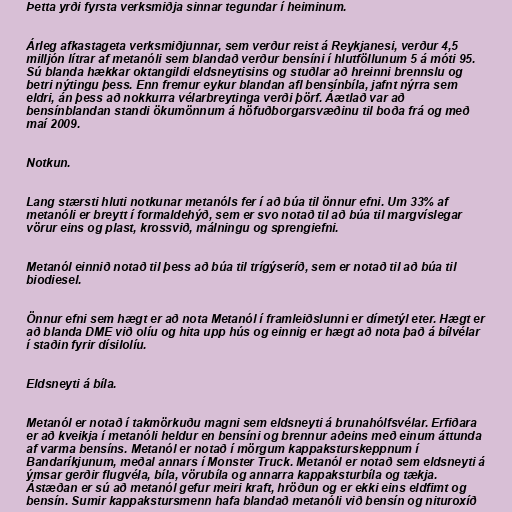
Þetta yrði fyrsta verksmiðja sinnar tegundar í heiminum.

Árleg afkastageta verksmiðjunnar, sem verður reist á Reykjanesi, verður 4,5
milljón lítrar af metanóli sem blandað verður bensíni í hlutföllunum 5 á móti 95.
Sú blanda hækkar oktangildi eldsneytisins og stuðlar að hreinni brennslu og
betri nýtingu þess. Enn fremur eykur blandan afl bensínbíla, jafnt nýrra sem
eldri, án þess að nokkurra vélarbreytinga verði þörf. Áætlað var að
bensínblandan standi ökumönnum á höfuðborgarsvæðinu til boða frá og með
maí 2009.

Notkun.

Lang stærsti hluti notkunar metanóls fer í að búa til önnur efni. Um 33% af
metanóli er breytt í formaldehýð, sem er svo notað til að búa til margvíslegar
vörur eins og plast, krossvið, málningu og sprengiefni.

Metanól einnið notað til þess að búa til trígýseríð, sem er notað til að búa til
biodiesel.

Önnur efni sem hægt er að nota Metanól í framleiðslunni er dímetýl eter. Hægt er
að blanda DME við olíu og hita upp hús og einnig er hægt að nota það á bílvélar
í staðin fyrir dísilolíu.

Eldsneyti á bíla.

Metanól er notað í takmörkuðu magni sem eldsneyti á brunahólfsvélar. Erfiðara
er að kveikja í metanóli heldur en bensíni og brennur aðeins með einum áttunda
af varma bensíns. Metanól er notað í mörgum kappaksturskeppnum í
Bandaríkjunum, meðal annars í Monster Truck. Metanól er notað sem eldsneyti á
ýmsar gerðir flugvéla, bíla, vörubíla og annarra kappaksturbíla og tækja.
Ástæðan er sú að metanól gefur meiri kraft, hröðun og er ekki eins eldfimt og
bensín. Sumir kappakstursmenn hafa blandað metanóli við bensín og nituroxíð